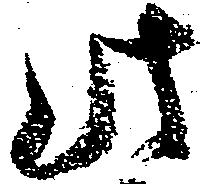
此